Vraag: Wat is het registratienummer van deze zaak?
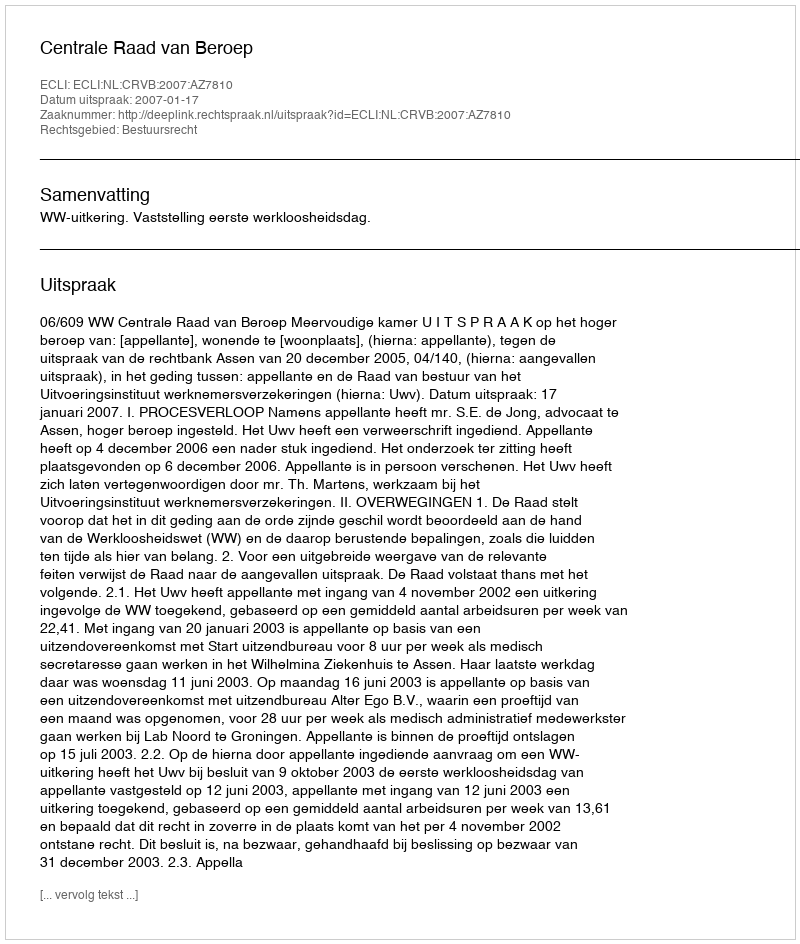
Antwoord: http://deeplink.rechtspraak.nl/uitspraak?id=ECLI:NL:CRVB:2007:AZ7810